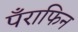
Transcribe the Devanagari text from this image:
पँराफिन